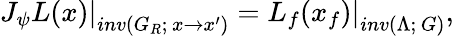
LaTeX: \left.J_{\psi}L(x)\right|_{inv(G_{R};\, x\rightarrow x^{\prime})}=\left.L_{f}(x_{f})\right|_{inv(\Lambda;\, G)},